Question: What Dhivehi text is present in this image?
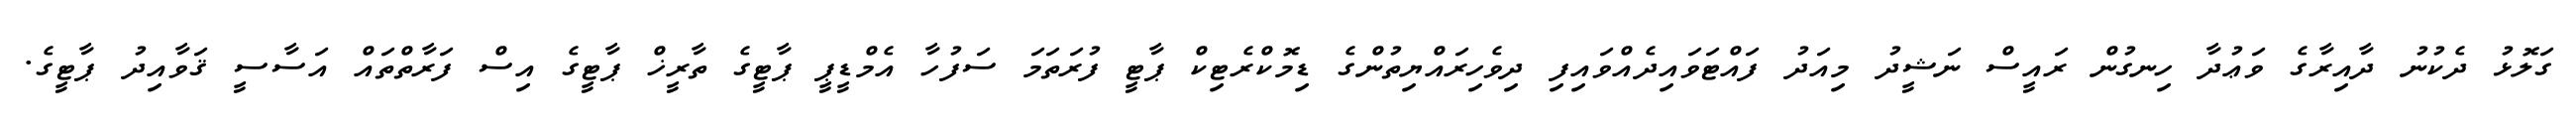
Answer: ގަލޮޅު ދެކުނު ދާއިރާގެ ވަޢުދާ ހިނގުން ރައީސް ނަޝީދު މިއަދު ފައްޓަވައިދެއްވައިފި ދިވެހިރައްޔިތުންގެ ޑިމޮކްރެޓިކް ޕާޓީ ފުރަތަމަ ސަފުހާ އެމްޑީޕީ ޕާޓީގެ ތާރީޚް ޕާޓީގެ އިސް ފަރާތްތައް އަސާސީ ޤަވާއިދު ޕާޓީގެ.